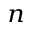
_ n